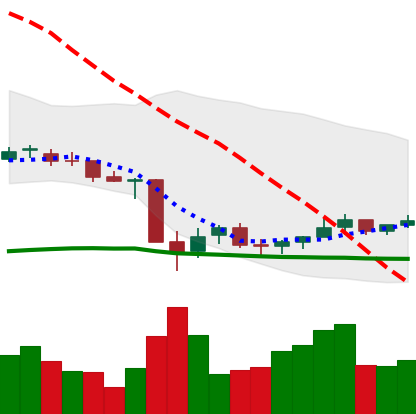
Ticker: NEO-USD
Chart end date: 2021-07-03
Forward return: -6.257%
Label: down_5_7